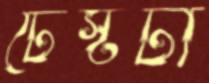
টেস্টটা